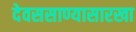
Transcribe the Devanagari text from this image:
देवससाण्यासारखा